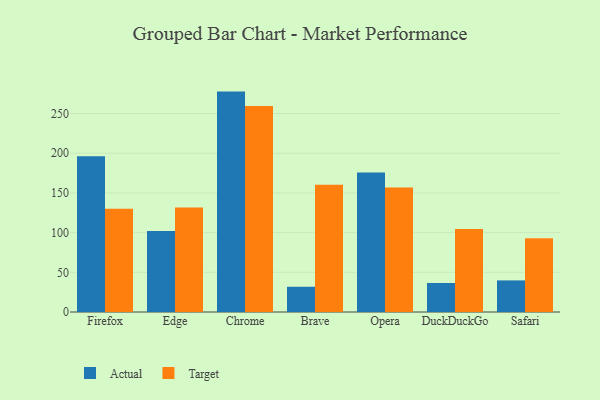
{"axis": {"x": "Browser", "y": "Website Visitors"}, "legend": ["Actual", "Target"], "data": [{"x": "Firefox", "y": 196.3, "type": "Actual"}, {"x": "Firefox", "y": 130.1, "type": "Target"}, {"x": "Edge", "y": 101.9, "type": "Actual"}, {"x": "Edge", "y": 131.6, "type": "Target"}, {"x": "Chrome", "y": 277.6, "type": "Actual"}, {"x": "Chrome", "y": 259.6, "type": "Target"}, {"x": "Brave", "y": 31.8, "type": "Actual"}, {"x": "Brave", "y": 160.3, "type": "Target"}, {"x": "Opera", "y": 175.8, "type": "Actual"}, {"x": "Opera", "y": 156.7, "type": "Target"}, {"x": "DuckDuckGo", "y": 36.5, "type": "Actual"}, {"x": "DuckDuckGo", "y": 104.4, "type": "Target"}, {"x": "Safari", "y": 39.8, "type": "Actual"}, {"x": "Safari", "y": 92.9, "type": "Target"}]}